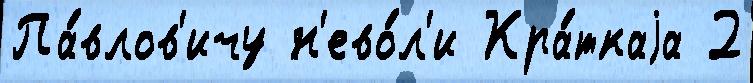
Па́влов'ичу н'ево́л'и Кра́ткаjа 2